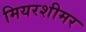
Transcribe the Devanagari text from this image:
मियरशीमर